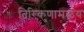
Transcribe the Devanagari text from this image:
तिरिकुणामळय